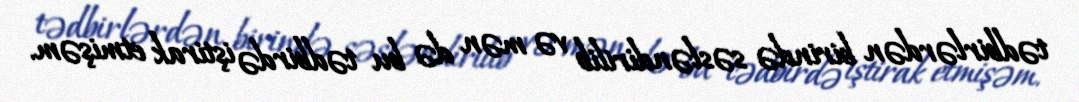
tədbirlərdən birində səsləndirilib və mən də bu tədbirdə iştirak etmişəm.